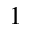
^ 1